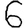
Digit: 6